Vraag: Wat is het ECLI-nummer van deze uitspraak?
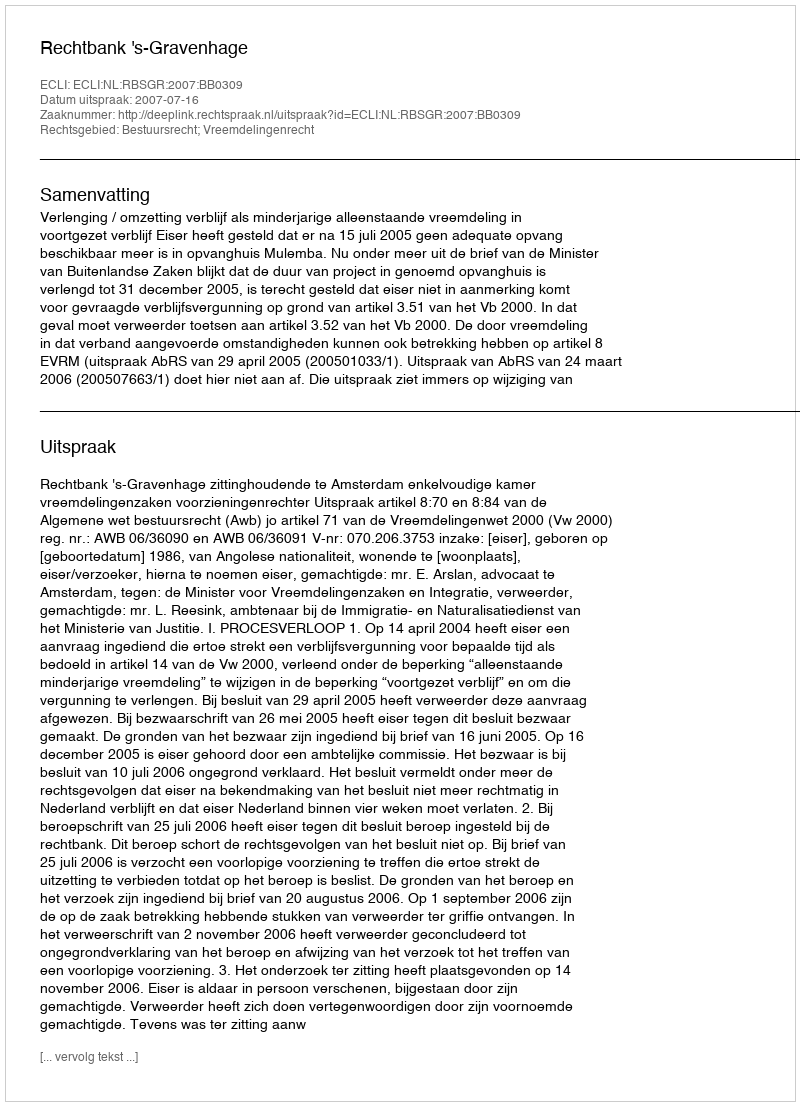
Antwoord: ECLI:NL:RBSGR:2007:BB0309